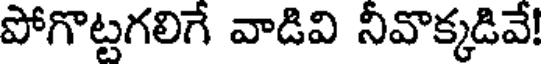
పోగొట్టగలిగే వాడివి నీవొక్కడివే!